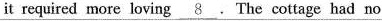
it required more loving \underline{8}. The cottage had no